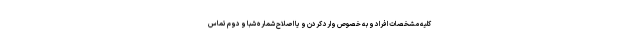
کلیه مشخصات افراد و به خصوص وارد کردن و یا اصلاح شماره شبا و دوم تماس